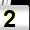
Digit: 2